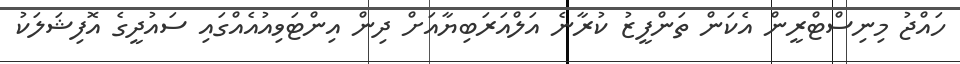
ހައްޖު މިނިސްޓްރީން އެކަން ތަންފީޒު ކުރާނެ އަލްއަރަބިޔާއަށް ދިން އިންޓަވިއުއެއްގައި ސައުދީގެ އޮފިޝަލަކު